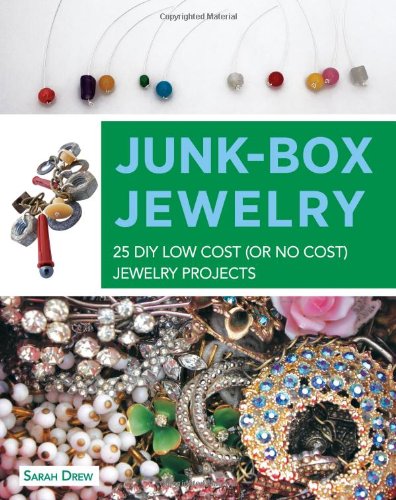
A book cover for Junk-Box Jewelry: 25 DIY Low Cost (or No Cost) Jewelry Projects; Sarah Drew; Teen & Young Adult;